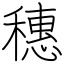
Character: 穗